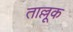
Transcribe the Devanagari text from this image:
ताल्लूक